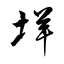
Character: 垟